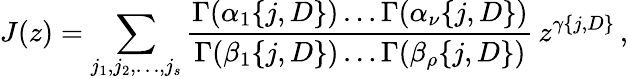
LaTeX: J(z)=\sum_{j_{1},j_{2},\dots,j_{s}}\frac{\Gamma(\alpha_{1}\{ j,D\} )\dots\Gamma(\alpha_{\nu}\{ j,D\} )}{\Gamma(\beta_{1}\{ j,D\} )\dots\Gamma(\beta_{\rho}\{ j,D\} )}\, z^{\gamma\{ j,D\} }\, ,